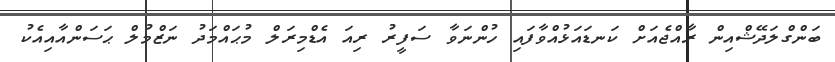
ބަންގްލަދޭޝްއިން ރާއްޖެއަށް ކަނޑައަޅުއްވާފައި ހުންނަވާ ސަފީރު ރިއަ އެޑްމިރަލް މުޙައްމަދު ނަޒްމުލް ޙަސަންއާއިއެކު